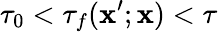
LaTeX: \tau_{0}<\tau_{f}(\mathbf{x}^{\prime};\mathbf{x})<\tau